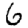
Digit: 6